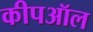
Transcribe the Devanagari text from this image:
कीपऑल